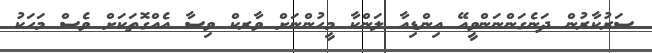
ސަރުކާރުން ދަނެގަންނަންވީއޭ އިންޑިއާ ލަންކާ މީހުންނަށް ވާރކް ވިސާ އެއްގޮތަަކަށް ވެސް މަަހަކު